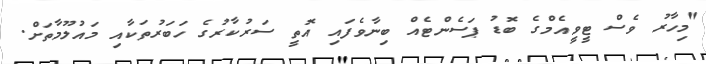
"މިހާރު ވެސް ޓީވީއެމްގެ ބޮޑު ޕަސެންޓެއް ބިނާވެފައި އޮތީ ސަރުކާރުގެ ހަބަރުތަކާއި މައުލޫމާތަށް.